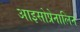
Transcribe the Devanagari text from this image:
आइसोप्रेनालिन